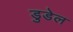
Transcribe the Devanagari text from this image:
डुडेल